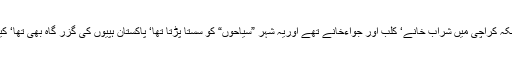
کیونکہ کراچی میں شراب خانے‘ کلب اور جواءخانے تھے اوریہ شہر ”سیاحوں“ کو سستا پڑتا تھا‘ پاکستان ہپیوں کی گزر گاہ بھی تھا‘ کیوں؟